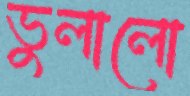
ভুলালো